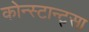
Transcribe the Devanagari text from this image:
कोन्स्टान्ट्सा